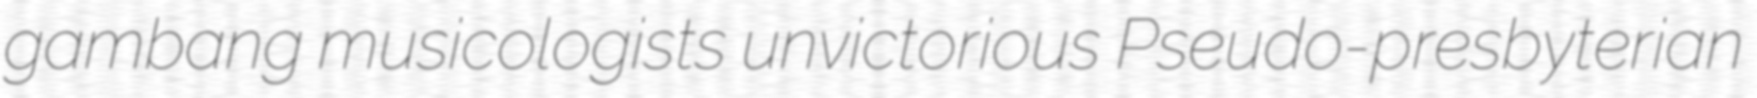
gambang musicologists unvictorious Pseudo-presbyterian